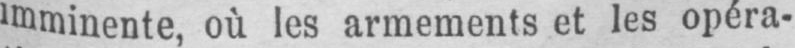
imminente où les armements et les opéra-